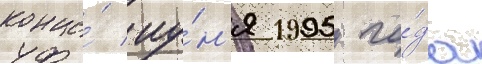
конце́ иу́н'я 1995 го́да